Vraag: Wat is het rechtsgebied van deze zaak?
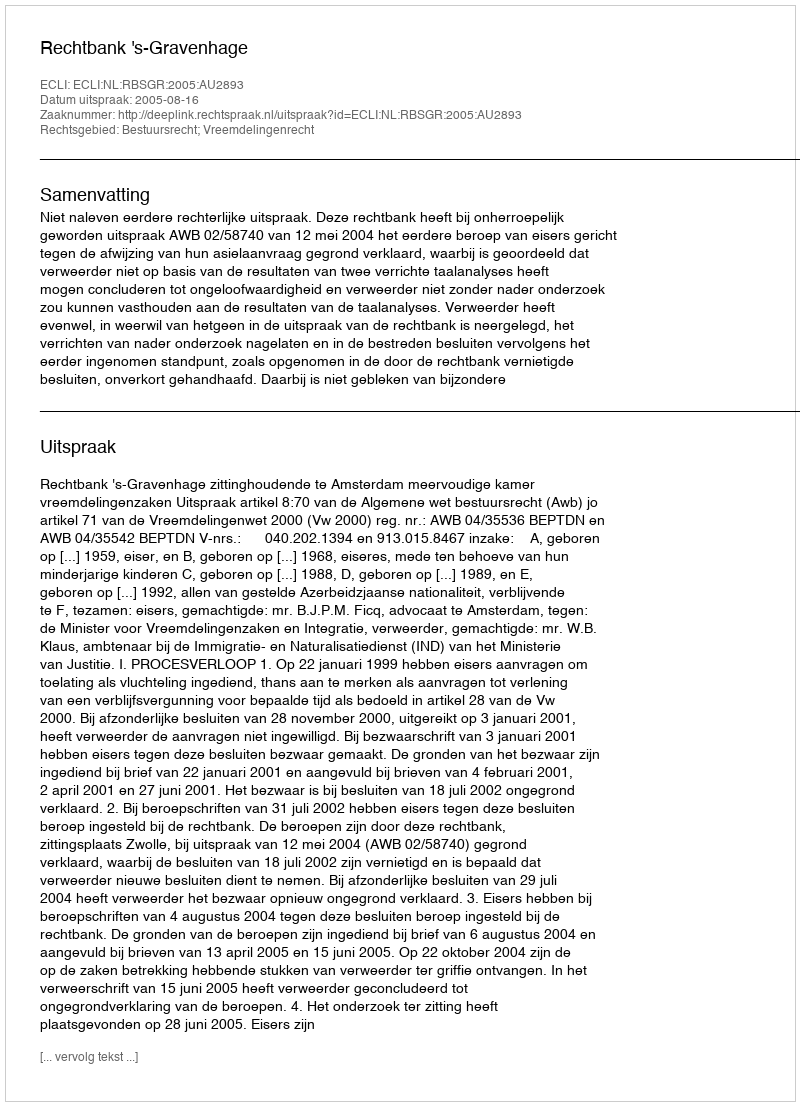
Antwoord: Bestuursrecht; Vreemdelingenrecht